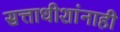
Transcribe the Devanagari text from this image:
सत्ताधीशांनाही